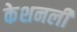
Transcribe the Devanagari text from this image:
केशनली